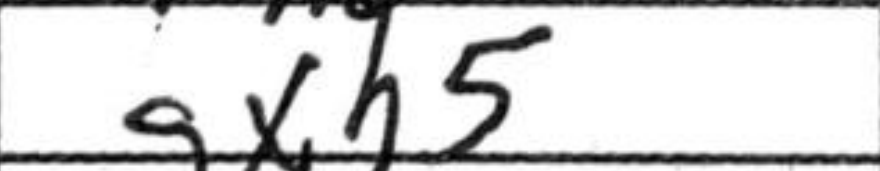
Transcription: gxh5